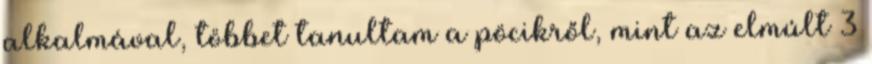
alkalmával, többet tanultam a pöcikről, mint az elmúlt 3